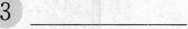
3 ___